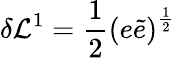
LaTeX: \delta\mathcal{L}^{1}=\frac{1}{2}\left(e\widetilde{e}\right)^{\frac{1}{2}}